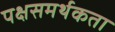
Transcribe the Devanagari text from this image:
पक्षसमर्थकता